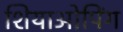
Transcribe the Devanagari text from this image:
शियाओपिंग